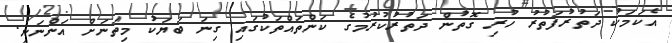
އެކަމަކު ދަތުރުފަތުރު ހުރި ގޮތުން ދަތުރުކުރުމުގެ ކަންތައްތަކުގައި ގިނަ ބަޔަކު މިތަނަށް އަންނަނީ.